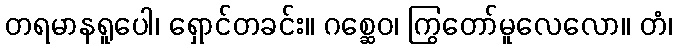
တရမာနရူပေါ၊ ရှောင်တခင်း။ ဂစ္ဆေဝ၊ ကြွတော်မူလေလော။ တံ၊